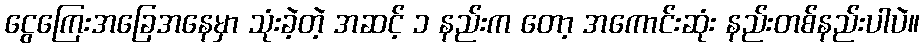
ငွေကြေးအခြေအနေမှာ သုံးခဲ့တဲ့ အဆင့် ၁ နည်းက တော့ အကောင်းဆုံး နည်းတစ်နည်းပါပဲ။